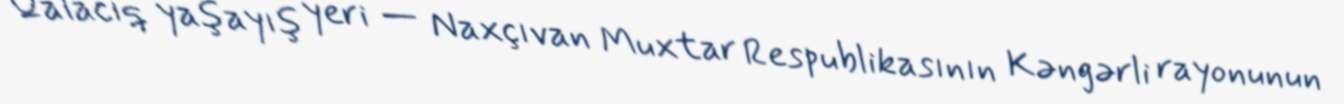
Qalacıq yaşayış yeri — Naxçıvan Muxtar Respublikasının Kəngərli rayonunun